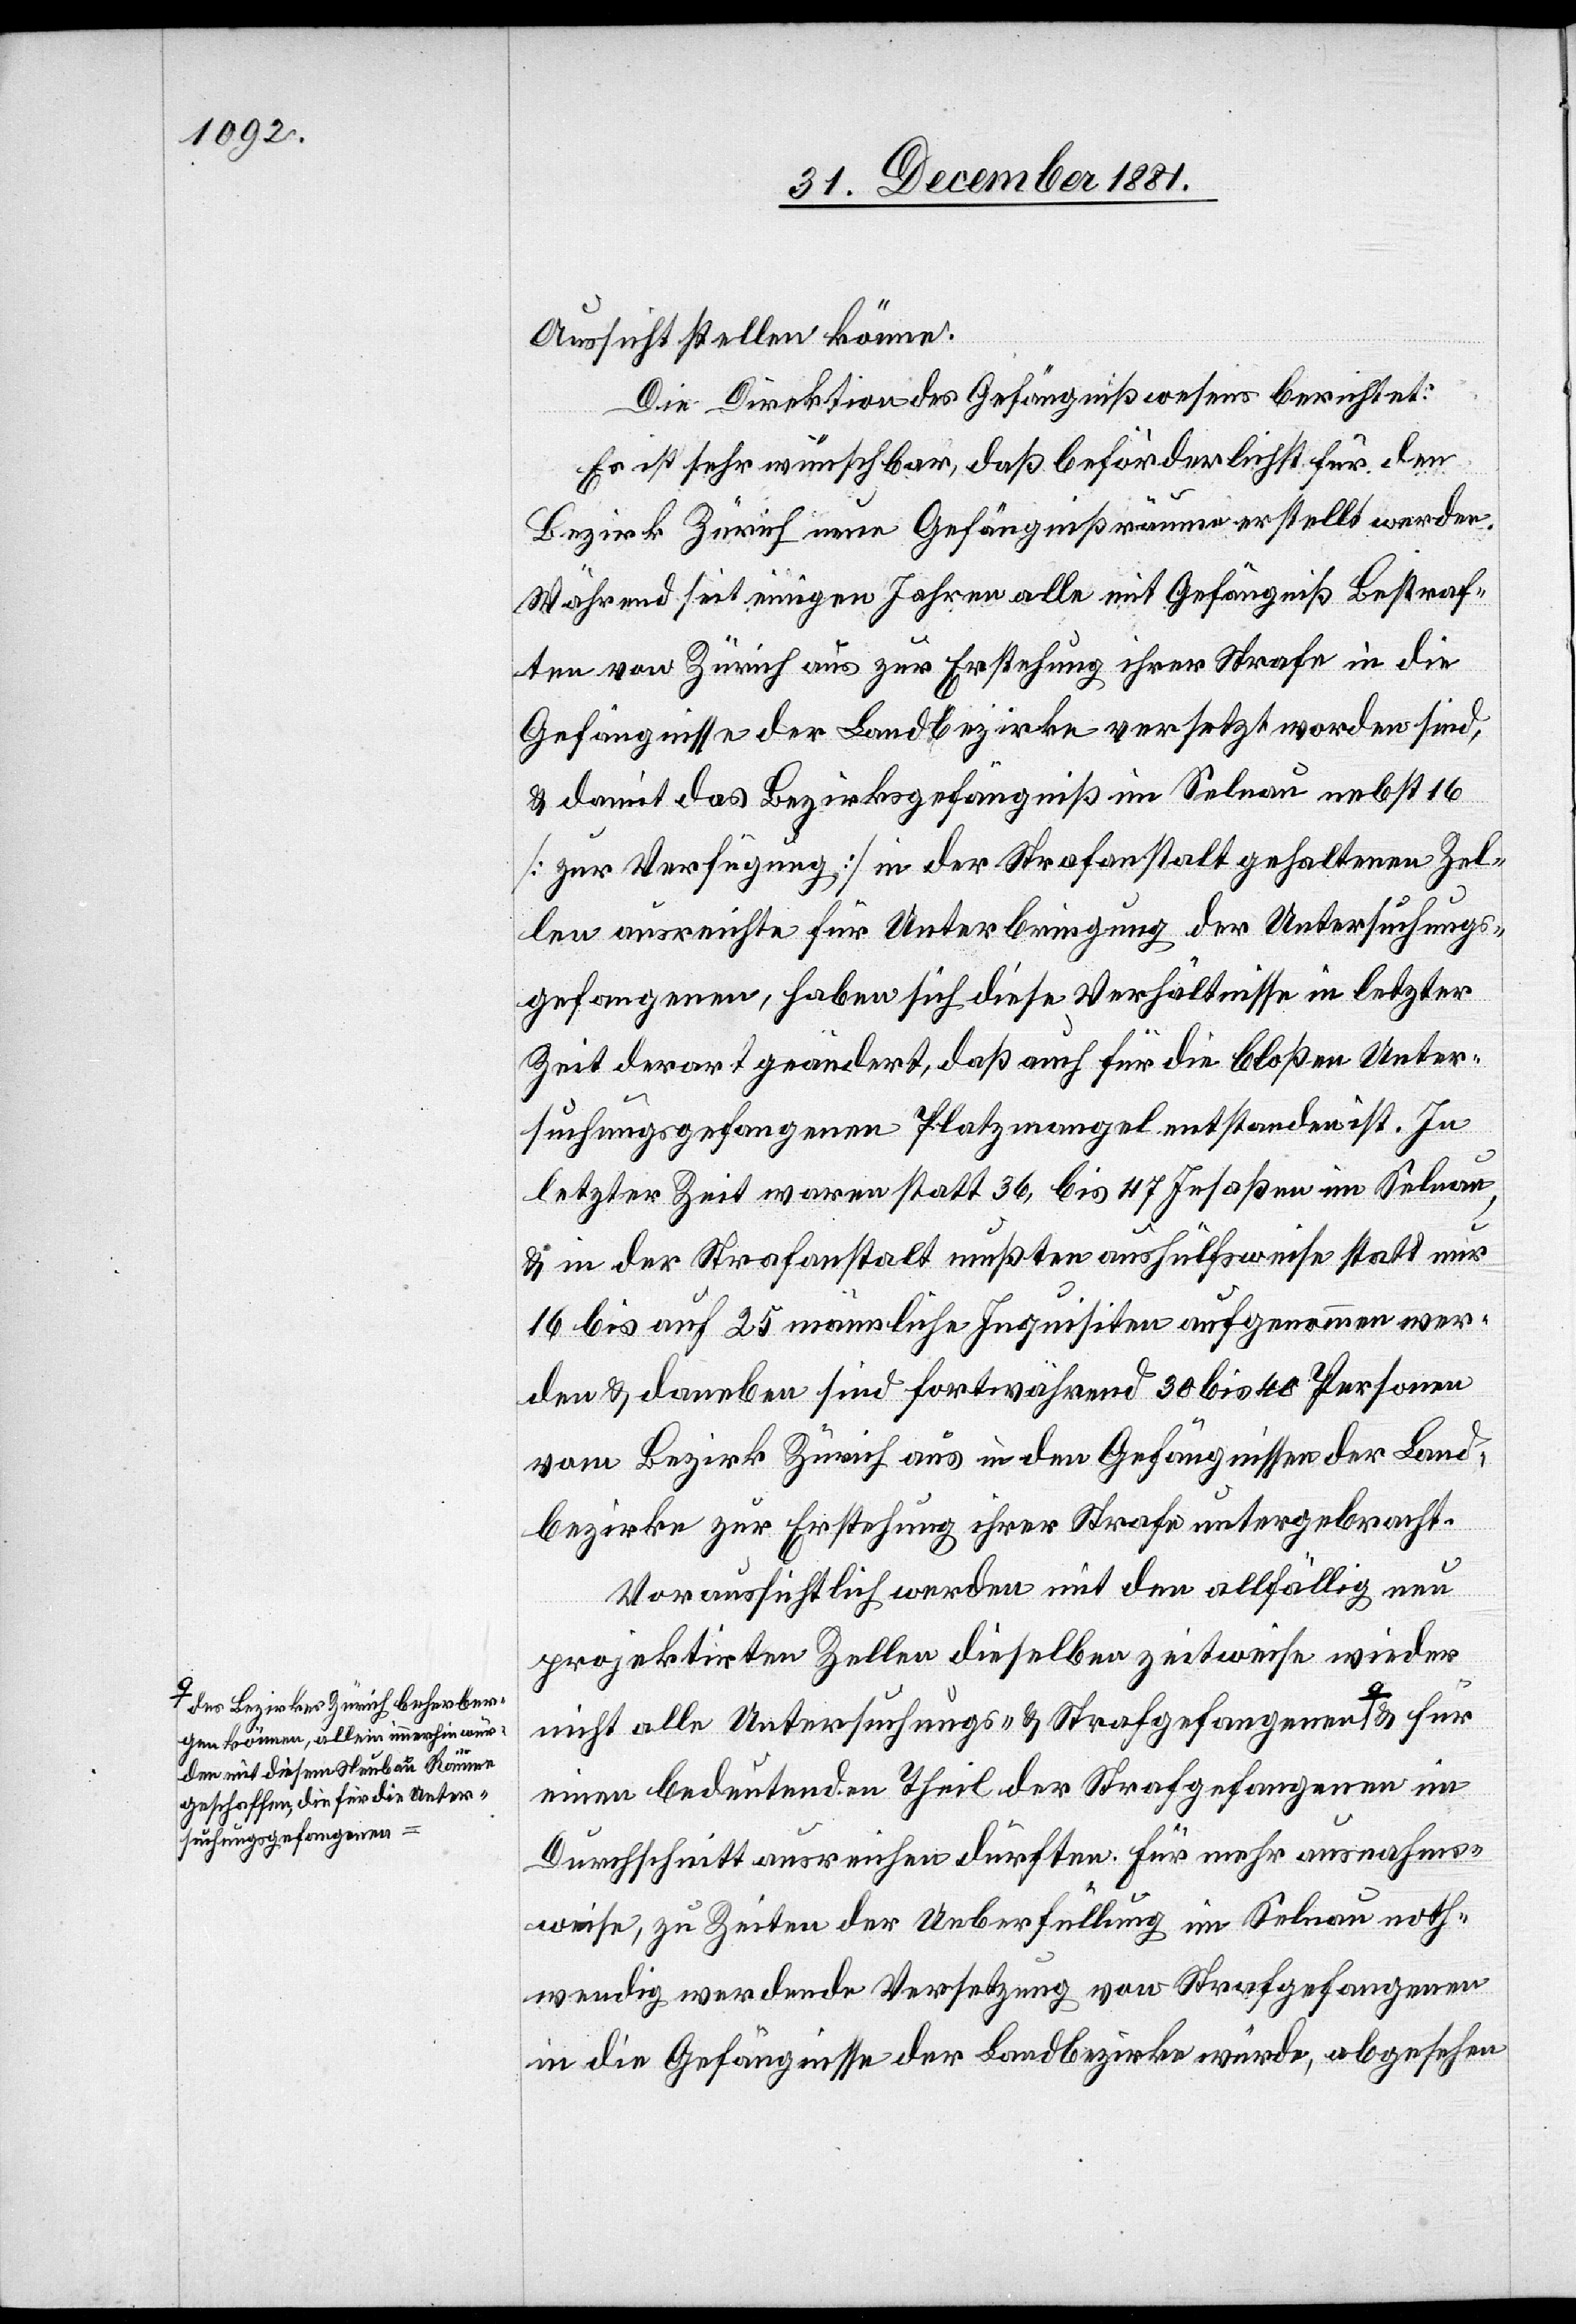
es Bezirkes Zürich beherber¬
gen können, allein immerhin wür¬
den mit diesem Neubau Räume
geschaffen, die für die Unter¬
suchungsgefangenen-a

Aussicht stellen könne.
Die Direktion des Gefängnißwesens berichtet:
Es ist sehr wünschbar, daß beförderlichst für den
Bezirk Zürich neue Gefängnißräume erstellt werden.
Während seit einigen Jahren alle mit Gefängniß Bestraf¬
ten von Zürich aus zur Erstehung ihrer Strafe in die
Gefängnisse der Landbezirke versetzt worden sind,
& damit das Bezirksgefängniß im Selnau nebst 16
[zur Verfügung] in der Strafanstalt gehaltenen Zel¬
len ausreichte für Unterbringung der Untersuchungs¬
gefangenen, haben sich diese Verhältnisse in letzter
Zeit derart geändert, daß auch für die bloßen Unter¬
suchungsgefangenen Platzmangel entstanden ist. In
letzter Zeit waren statt 36 bis 47 Insaßen im Selnau
& in der Strafanstalt mußten aushülfsweise statt nur
16 bis auf 25 männliche Inquisiten aufgenommen wer¬
den & daneben sind fortwährend 30 bis 40 Personen
vom Bezirk Zürich aus in den Gefängnissen der Land¬
bezirke zur Erstehung ihrer Strafe untergebracht.
Voraussichtlich werden mit den allfällig neu
projektirten Zellen dieselben zeitweise wieder
nicht alle Untersuchungs- & Strafgefangenen a-d¬
einen bedeutenden Theil der Strafgefangenen im
Durchschnitt ausreichen dürften. Für mehr ausnahms¬
weise, zu Zeiten der Ueberfüllung im Selnau noth¬
wendig werdende Versetzung von Strafgefangenen
in die Gefängnisse der Landbezirke würde, abgesehen